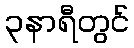
၃နာရီတွင်